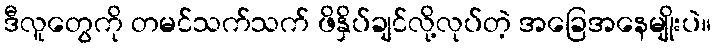
ဒီလူတွေကို တမင်သက်သက် ဖိနှိပ်ချင်လို့လုပ်တဲ့ အခြေအနေမျိုးပဲ။